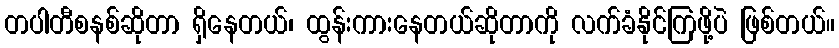
တပါတီစနစ်ဆိုတာ ရှိနေတယ်၊ ထွန်းကားနေတယ်ဆိုတာကို လက်ခံနိုင်ကြဖို့ပဲ ဖြစ်တယ်။